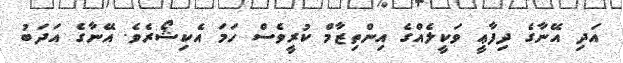
އަދި އޭނާގެ ދިފާޢީ ވަކީލެއްގެ އިންތިޒާމް ކުރީވެސް ހަމަ އެކިޝޯރެވެ. އޭނާގެ އަދަބު